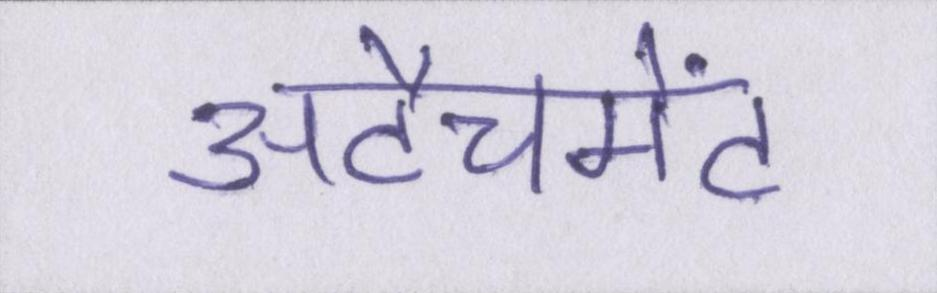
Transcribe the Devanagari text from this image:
अटैचमेंट